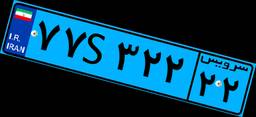
۴۴S۴۴۳۵۰